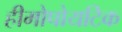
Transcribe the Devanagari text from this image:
हीमोपोयटिक